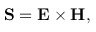
\mathbf { S } = \mathbf { E } \times \mathbf { H } ,